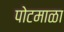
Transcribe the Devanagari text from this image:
पोटमाळा